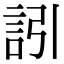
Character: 訠